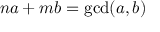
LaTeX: n a + m b = \operatorname* { g c d } ( a , b )